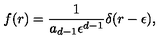
f ( r ) = { \frac { 1 } { a _ { d - 1 } \epsilon ^ { d - 1 } } } \delta ( r - \epsilon ) ,